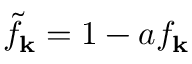
\tilde { f } _ { \mathbf { k } } = 1 - a f _ { \mathbf { k } }